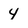
Character: 4